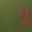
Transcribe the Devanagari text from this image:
थ़्रू